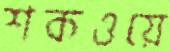
শকওয়ে